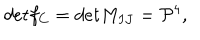
LaTeX: d e t f _ { C } = d e t M _ { I J } = { \cal { P } } ^ { 4 } ,